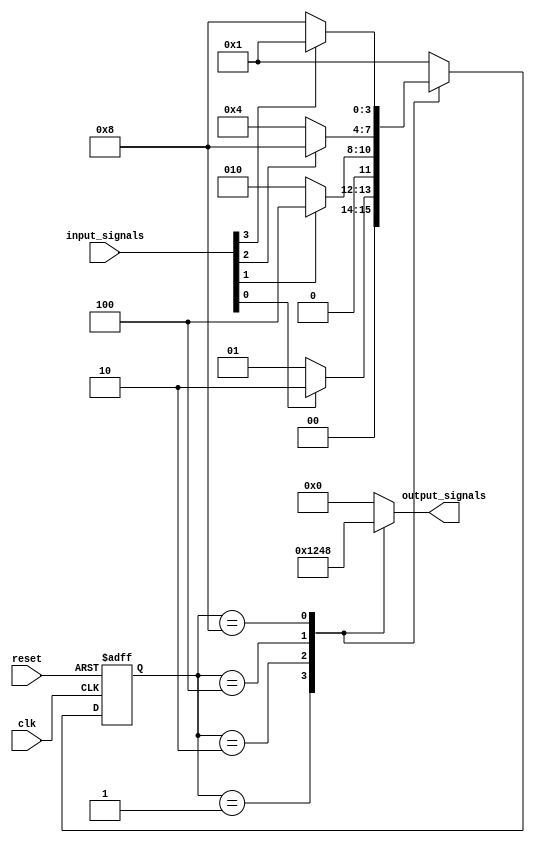
module state_machine (
  input wire clk,
  input wire reset,
  input wire [7:0] input_signals,
  output wire [3:0] output_signals
);

// Define states
parameter STATE_A = 4'b0001;
parameter STATE_B = 4'b0010;
parameter STATE_C = 4'b0100;
parameter STATE_D = 4'b1000;

// Define next state logic
reg [3:0] state_reg, next_state;

always @ (posedge clk or posedge reset) begin
  if (reset) begin
    state_reg <= STATE_A;
  end else begin
    state_reg <= next_state;
  end
end

// Priority encoding logic to determine next state
always @ (*) begin
  case (state_reg)
    STATE_A: begin
      if (input_signals[0]) begin
        next_state = STATE_B;
      end else begin
        next_state = STATE_A;
      end
    end
    STATE_B: begin
      if (input_signals[1]) begin
        next_state = STATE_C;
      end else begin
        next_state = STATE_B;
      end
    end
    STATE_C: begin
      if (input_signals[2]) begin
        next_state = STATE_D;
      end else begin
        next_state = STATE_C;
      end
    end
    STATE_D: begin
      if (input_signals[3]) begin
        next_state = STATE_A;
      end else begin
        next_state = STATE_D;
      end
    end
    default: next_state = STATE_A;
  endcase
end

// Output logic
always @ (state_reg) begin
  case (state_reg)
    STATE_A: output_signals = 4'b0001;
    STATE_B: output_signals = 4'b0010;
    STATE_C: output_signals = 4'b0100;
    STATE_D: output_signals = 4'b1000;
    default: output_signals = 4'b0000;
  endcase
end

endmodule